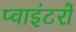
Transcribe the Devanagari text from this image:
प्वाइंटरों